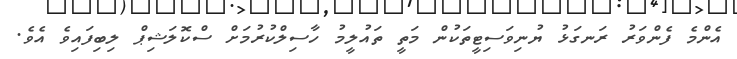
އެންމެ ފެންވަރު ރަނގަޅު ޔުނިވަސިޓީތަކުން މަތީ ތައުލީމު ހާސިލްކުރުމަށް ސްކޮލަޝިޕް ލިބިފައިވެ އެވެ.